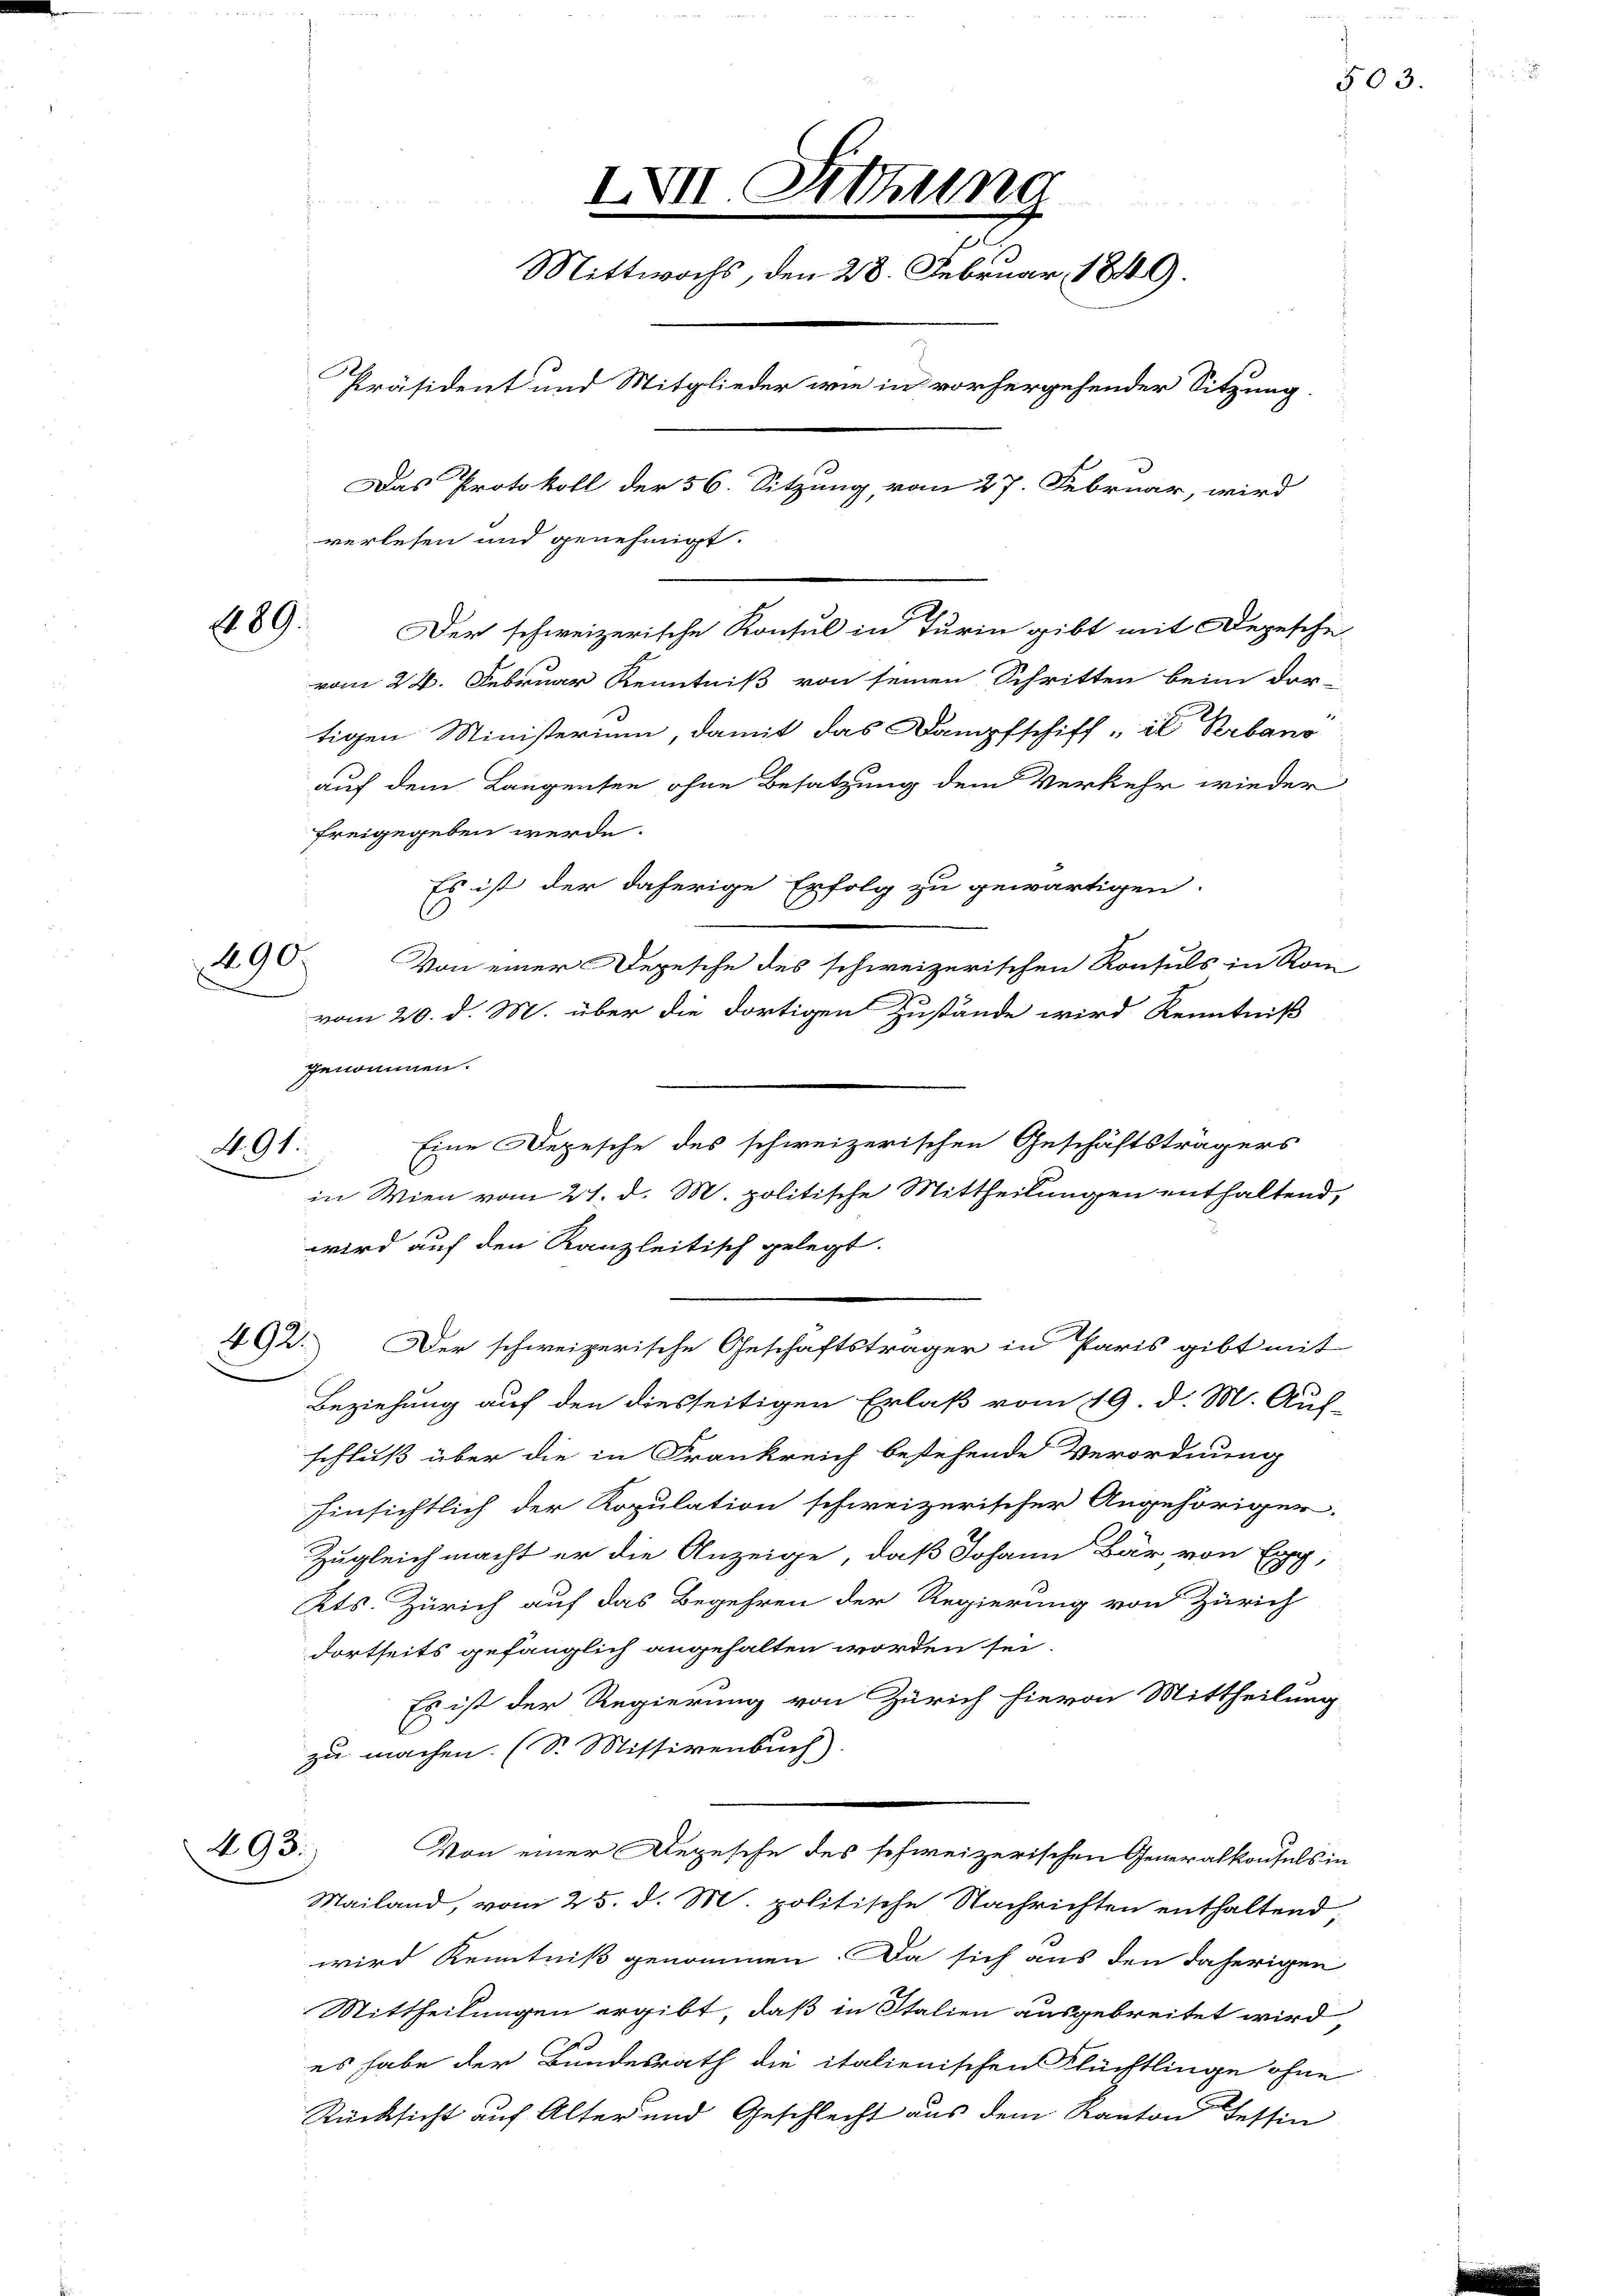
289.

290.

A. 91.

492.

493.

IVII. Sitzung
Mittwochs, den 28. Februar 1849.
Präsident und Mitglieder wie in vorhergehender Sitzung.
Das Protokoll der 56. Sitzung, vom 27. Februar, wird
verlesen und genehmigt.

Der schweizerische Konsul in Turin gibt mit Depesche
vom 22. Februar Kenntniß von seinen Schritten beim dor-
tigen Ministerium, damit das Dampfschiff „il Rrbano
auf dem Langensee ohne Besatzung dem Verkehr wieder
freigegeben werde.
Es ist der daherige Erfolg zu gewärtigen.
Von einer Depesche des schweizerischen Konsuls in Rom
vom 20. d. M. über die dortigen Zustände wird Kenntniß
genommen.
Eine Depesche des schweizerischen Geschäftsträgers
in Wien vom 27. d. M. politische Mittheilungen enthaltend,
wird auf den Kanzleitisch gelegt.
Der schweizerische Geschäftsträger in Paris gibt mit
Beziehung auf den diesseitigen Erlaß vom 19. d. M. Auf-
schluß über die in Frankreich bestehende Verordnung
hinsichtlich der Kopulation schweizerischer Angehöriger.
Zugleich macht er die Anzeige, daß Johann Bär von Ex
Kts. Zürich auf das Begehren der Regierung von Zürich
dortseits gefänglich angehalten worden sei.
Es ist der Regierung von Zürich hievon Mittheilung
zu machen. (S. Missivenbuch)
Von einer Depesche des schweizerischen Generalkonsuls in
Mailand, vom 25. d. M. politische Nachrichten enthaltend,
wird Kenntniß genommen. Da sich aus den daherigen
Mittheilungen ergibt, daß in Italien ausgebreitet wird,
es habe der Bundesrath die italienischen Flüchtlinge ohne
Rücksicht auf Alter und Geschlecht aus dem Kanton Tessin

503.